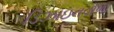
ડિઝાઇનવાળા